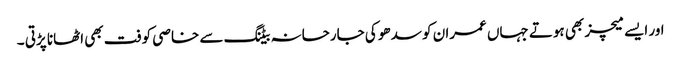
اور ایسے میچز بھی ہوتے جہاں عمران کو سدھو کی جارحانہ بیٹنگ سے خاصی کوفت بھی اٹھانا پڑتی ۔